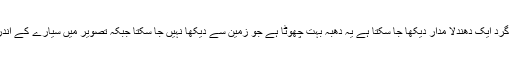
اس تصویر میں مشتری کے گرد ایک دھندلا مدار دیکھا جا سکتا ہے یہ دھبہ بہت چھوٹا ہے جو زمین سے دیکھا نہیں جا سکتا جبکہ تصویر میں سیارے کے اندر مدھم مدار بھی دکھائی دیا۔